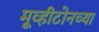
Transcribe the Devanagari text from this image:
मूव्हीटोनच्या